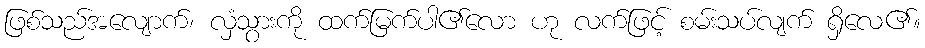
ဖြစ်သည်အလျောက်၊ လှံသွားကို ထက်မြက်ပါ၏လော ဟု လက်ဖြင့် စမ်းသပ်လျက် ရှိလေ၏။